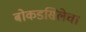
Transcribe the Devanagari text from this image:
बोकडसिलेचा